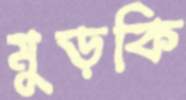
মুড়কি